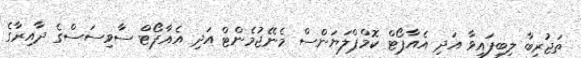
ތަޖުރިބާ ލިބިފައިވާ އަދި އެއާޕޯޓް ކޮމްޕްލަޔަންސް މެނޭޖުމެންޓް އަދި އެއާޕޯޓް ސާވިސަސްގެ ދާއިރާގެ